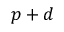
p + d